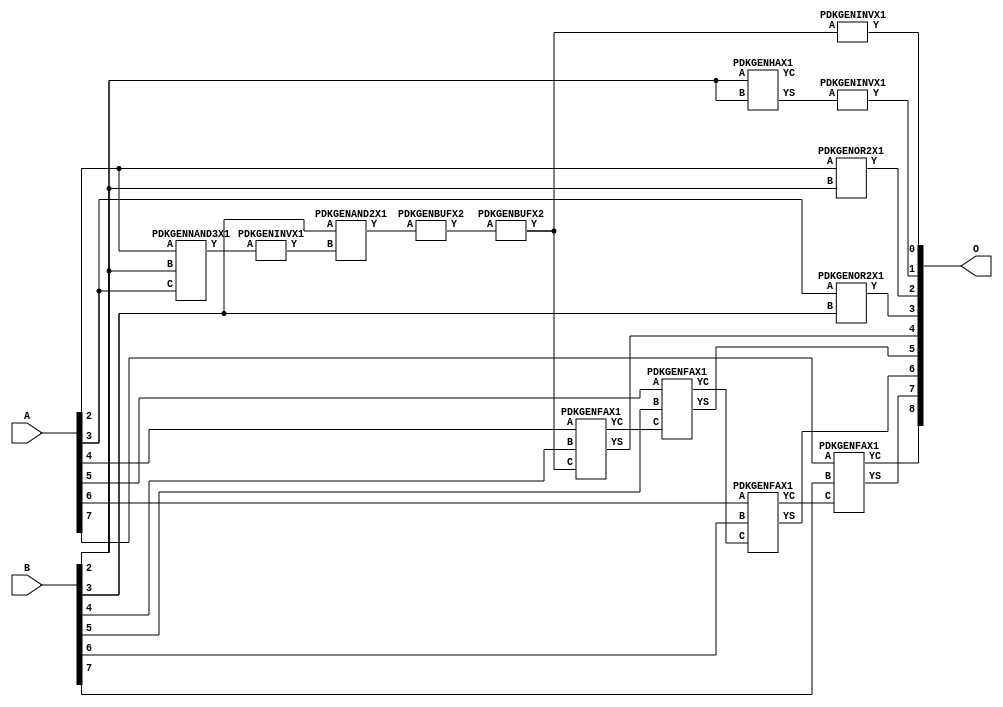
// Library = EvoApprox8b
// Circuit = add8_328
// Area   (180) = 788
// Delay  (180) = 1.380
// Power  (180) = 186.90
// Area   (45) = 59
// Delay  (45) = 0.510
// Power  (45) = 18.20
// Nodes = 14
// HD = 176512
// MAE = 3.14062
// MSE = 18.06250
// MRE = 1.65 %
// WCE = 11
// WCRE = 300 %
// EP = 85.5 %

module add8_328(A, B, O);
  input [7:0] A;
  input [7:0] B;
  output [8:0] O;
  wire [2031:0] N;

  assign N[0] = A[0];
  assign N[1] = A[0];
  assign N[2] = A[1];
  assign N[3] = A[1];
  assign N[4] = A[2];
  assign N[5] = A[2];
  assign N[6] = A[3];
  assign N[7] = A[3];
  assign N[8] = A[4];
  assign N[9] = A[4];
  assign N[10] = A[5];
  assign N[11] = A[5];
  assign N[12] = A[6];
  assign N[13] = A[6];
  assign N[14] = A[7];
  assign N[15] = A[7];
  assign N[16] = B[0];
  assign N[17] = B[0];
  assign N[18] = B[1];
  assign N[19] = B[1];
  assign N[20] = B[2];
  assign N[21] = B[2];
  assign N[22] = B[3];
  assign N[23] = B[3];
  assign N[24] = B[4];
  assign N[25] = B[4];
  assign N[26] = B[5];
  assign N[27] = B[5];
  assign N[28] = B[6];
  assign N[29] = B[6];
  assign N[30] = B[7];
  assign N[31] = B[7];

  PDKGENNAND3X1 n32(.A(N[4]), .B(N[20]), .C(N[6]), .Y(N[32]));
  PDKGENINVX1 n38(.A(N[32]), .Y(N[38]));
  assign N[39] = N[38];
  PDKGENHAX1 n40(.A(N[20]), .B(N[20]), .YS(N[40]), .YC(N[41]));
  PDKGENAND2X1 n52(.A(N[22]), .B(N[39]), .Y(N[52]));
  PDKGENBUFX2 n78(.A(N[52]), .Y(N[78]));
  PDKGENINVX1 n126(.A(N[40]), .Y(N[126]));
  PDKGENOR2X1 n132(.A(N[4]), .B(N[20]), .Y(N[132]));
  PDKGENOR2X1 n182(.A(N[6]), .B(N[22]), .Y(N[182]));
  assign N[183] = N[182];
  PDKGENBUFX2 n212(.A(N[78]), .Y(N[212]));
  assign N[213] = N[212];
  PDKGENFAX1 n232(.A(N[8]), .B(N[24]), .C(N[213]), .YS(N[232]), .YC(N[233]));
  PDKGENFAX1 n282(.A(N[10]), .B(N[26]), .C(N[233]), .YS(N[282]), .YC(N[283]));
  PDKGENINVX1 n302(.A(N[212]), .Y(N[302]));
  PDKGENFAX1 n332(.A(N[12]), .B(N[28]), .C(N[283]), .YS(N[332]), .YC(N[333]));
  PDKGENFAX1 n382(.A(N[14]), .B(N[30]), .C(N[333]), .YS(N[382]), .YC(N[383]));

  assign O[0] = N[302];
  assign O[1] = N[126];
  assign O[2] = N[132];
  assign O[3] = N[183];
  assign O[4] = N[232];
  assign O[5] = N[282];
  assign O[6] = N[332];
  assign O[7] = N[382];
  assign O[8] = N[383];

endmodule
/* mod */
module PDKGENFAX1( input A, input B, input C, output YS, output YC );
    assign YS = (A ^ B) ^ C;
    assign YC = (A & B) | (B & C) | (A & C);
endmodule
/* mod */
module PDKGENAND2X1(input A, input B, output Y );
     assign Y = A & B;
endmodule
/* mod */
module PDKGENOR2X1(input A, input B, output Y );
     assign Y = A | B;
endmodule
/* mod */
module PDKGENHAX1( input A, input B, output YS, output YC );
    assign YS = A ^ B;
    assign YC = A & B;
endmodule
/* mod */
module PDKGENINVX1(input A, output Y );
     assign Y = ~A;
endmodule
/* mod */
module PDKGENNAND3X1(input A, input B, input C, output Y );
     assign Y = ~((A & B) & C);
endmodule
/* mod */
module PDKGENBUFX2(input A, output Y );
     assign Y = A;
endmodule